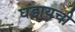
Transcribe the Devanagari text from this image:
घडायची